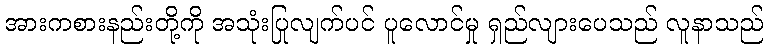
အားကစားနည်းတို့ကို အသုံးပြုလျက်ပင် ပူလောင်မှု ရှည်လျားပေသည် လူနာသည်